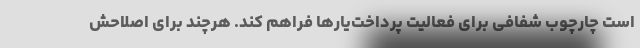
است چارچوب شفافی برای فعالیت پرداخت‌یارها فراهم کند. هرچند برای اصلاحش